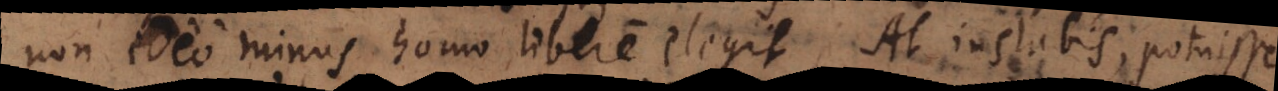
non ideo minus homo libere elegit. At instabis, potuisse